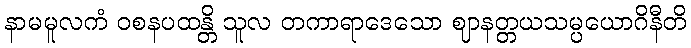
နာမမူလကံ ဝစနပထန္တိ သူလ တကာရာဒေသော ဈာနတ္တယသမ္ပယောဂိနီတိ